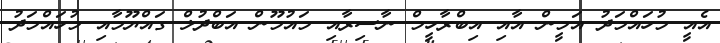
އެއީ މުހައްމަދު އަމީން އާއި އިބްރާހީމް ނާސިރާއި މައުމޫން އަބްދުލް ގައްޔޫމާއި މުހައްމަދު